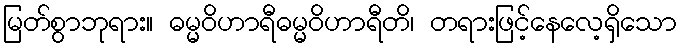
မြတ်စွာဘုရား။ ဓမ္မဝိဟာရီဓမ္မဝိဟာရီတိ၊ တရားဖြင့်နေလေ့ရှိသော